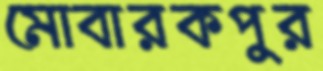
মোবারকপুর